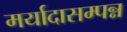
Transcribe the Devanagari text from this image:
मर्यादासम्पन्न